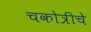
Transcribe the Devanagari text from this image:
चकोत्रीचे